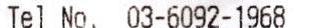
TEL NO. 03-6092-1968